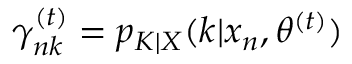
\gamma _ { n k } ^ { ( t ) } = p _ { K | X } ( k | x _ { n } , \theta ^ { ( t ) } )